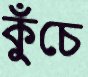
কুঁচে